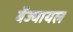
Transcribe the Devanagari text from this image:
बेंज्यायल